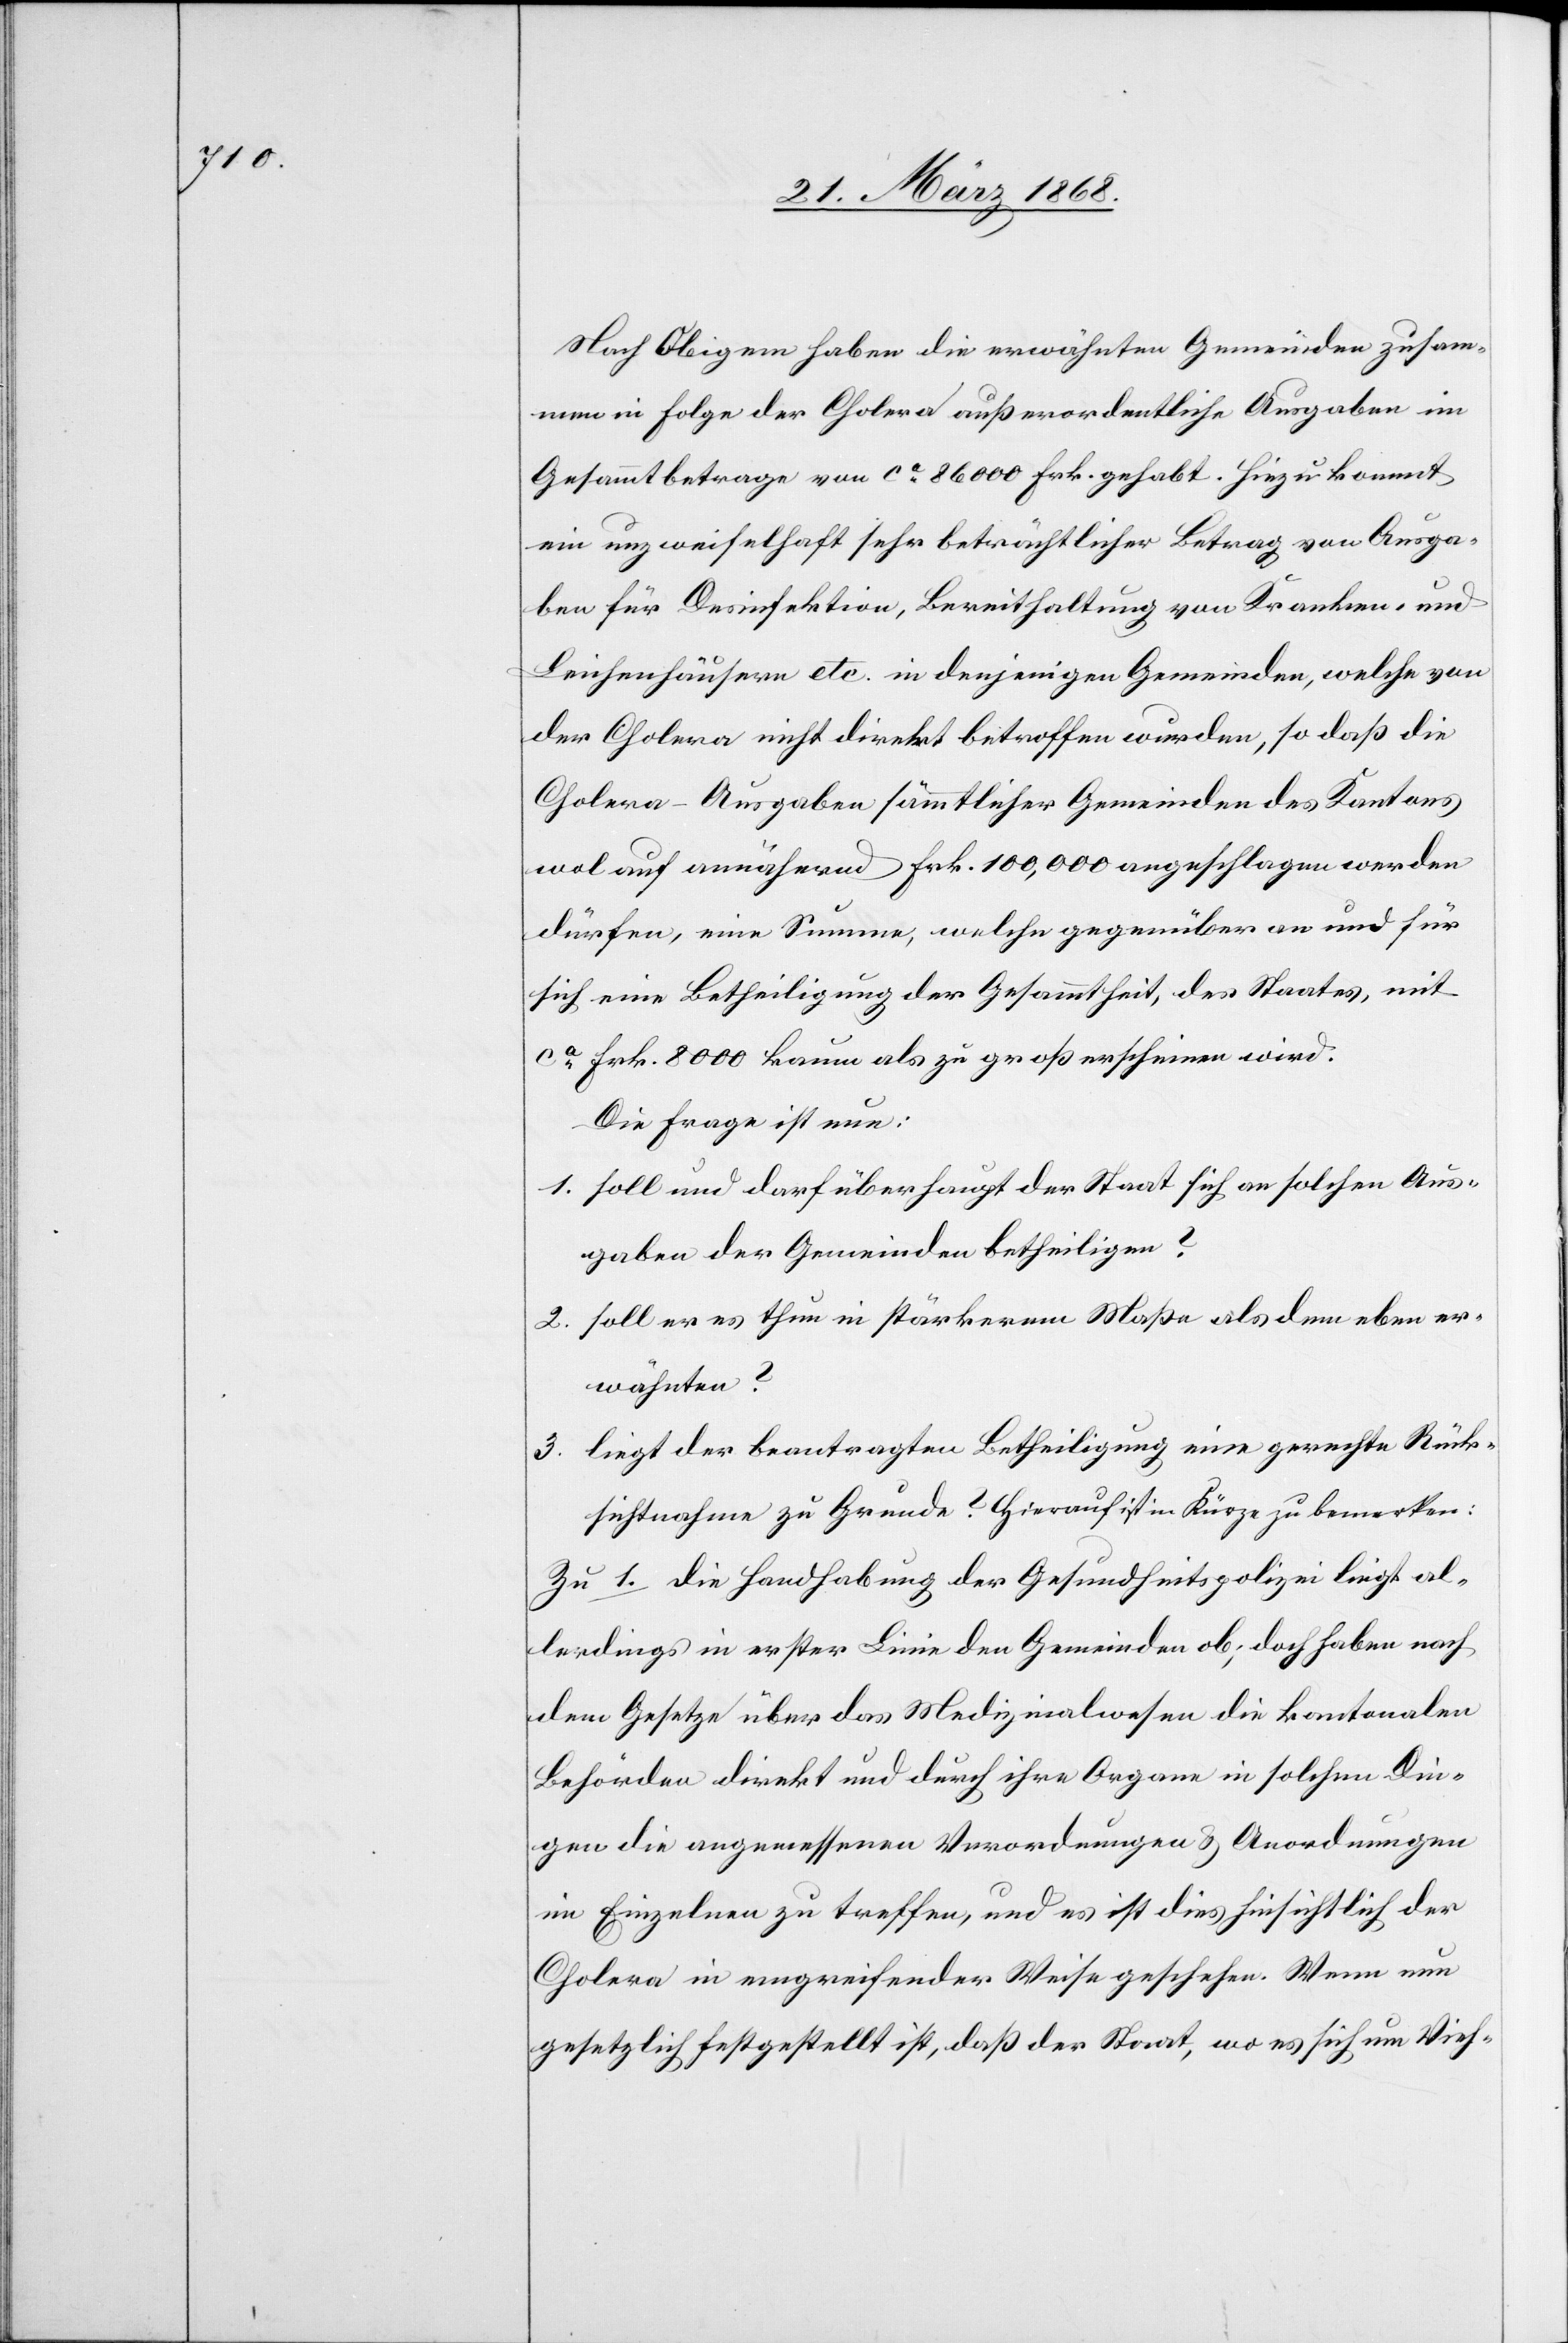
Nach Obigem haben die erwähnten Gemeinden zusam¬
men in Folge der Cholera außerordentliche Ausgaben im
Gesammtbetrage von ca. 86 000 Frk. gehabt. Hiezu kommt
ein unzweifelhaft sehr beträchtlicher Betrag von Ausga¬
ben für Desinfektion, Bereithaltung von Kranken- und
Leichenhäusern etc. in denjenigen Gemeinden, welche von
der Cholera nicht direkt betroffen wurden, so daß die
Cholera-Ausgaben sämmtlicher Gemeinden des Kantons
wol auf annähernd Frk. 100,000 angeschlagen werden
dürfen, eine Summe, welche gegenüber an und für
sich eine Betheiligung der Gesammtheit, des Staates, mit
ca. Frk. 8000 kaum als zu groß erscheinen wird.
Die Frage ist nun:
1. soll und darf überhaupt der Staat sich an solchen Aus¬
gaben der Gemeinden betheiligen?
2. soll er es thun in stärkerem Maße als dem eben er¬
wähnten?
3. liegt der beantragten Betheiligung eine gerechte Rück¬
sichtnahme zu Grunde? Hierauf ist in Kürze zu bemerken:
Zu 1. die Handhabung der Gesundheitspolizei liegt al¬
lerdings in erster Linie den Gemeinden ob; doch haben nach
dem Gesetze über das Medizinalwesen die kantonalen
Behörden direkt und durch ihre Organe in solchen Din¬
gen die angemessenen Verordnungen & Anordnungen
im Einzelnen zu treffen, und es ist dies hinsichtlich der
Cholera in eingreifender Weise geschehen. Wenn nun
gesetzlich festgestellt ist, daß der Staat, wo es sich um Vieh-